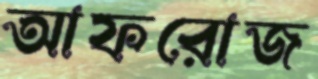
আফরোজ